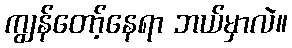
ကျွန်တော့်နေရာ ဘယ်မှာလဲ။